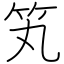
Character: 笂